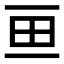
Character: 𱰥